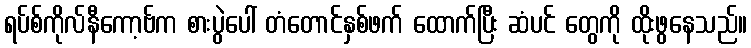
ရပ်စ်ကိုလ်နီကော့ဗ်က စားပွဲပေါ် တံတောင်နှစ်ဖက် ထောက်ပြီး ဆံပင် တွေကို ထိုးဖွနေသည်။